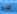
جيد